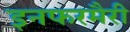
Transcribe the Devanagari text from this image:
इनफरमैरी